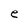
Character: e